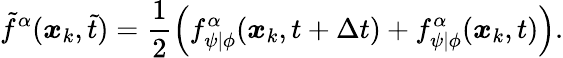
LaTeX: \tilde{f}^{\alpha}(\boldsymbol{x}_{k},\tilde{t})=\frac{1}{2}\left(f_{\psi\vert\phi}^{\alpha}(\boldsymbol{x}_{k},t+\Delta{t})+f_{\psi\vert\phi}^{\alpha}(\boldsymbol{x}_{k},t)\right).